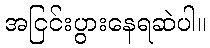
အငြင်းပွားနေရဆဲပါ။